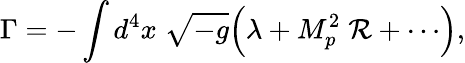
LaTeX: \Gamma=-\int d^{4}x\; \sqrt{-g}\Bigl(\lambda+M_{p}^{2}\; {\cal R}+\cdots\Bigr),